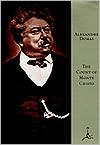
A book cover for The Count of Monte Cristo Publisher: Modern Library; Alexandre Dumas pÃ¨re; Law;